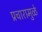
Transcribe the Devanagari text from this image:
प्रचारामुळे